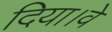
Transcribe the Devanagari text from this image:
दिया।वे